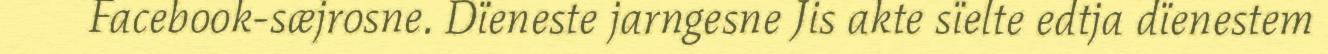
Facebook-sæjrosne. Dïeneste jarngesne Jis akte sïelte edtja dïenestem